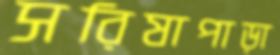
সরিষাপাড়া